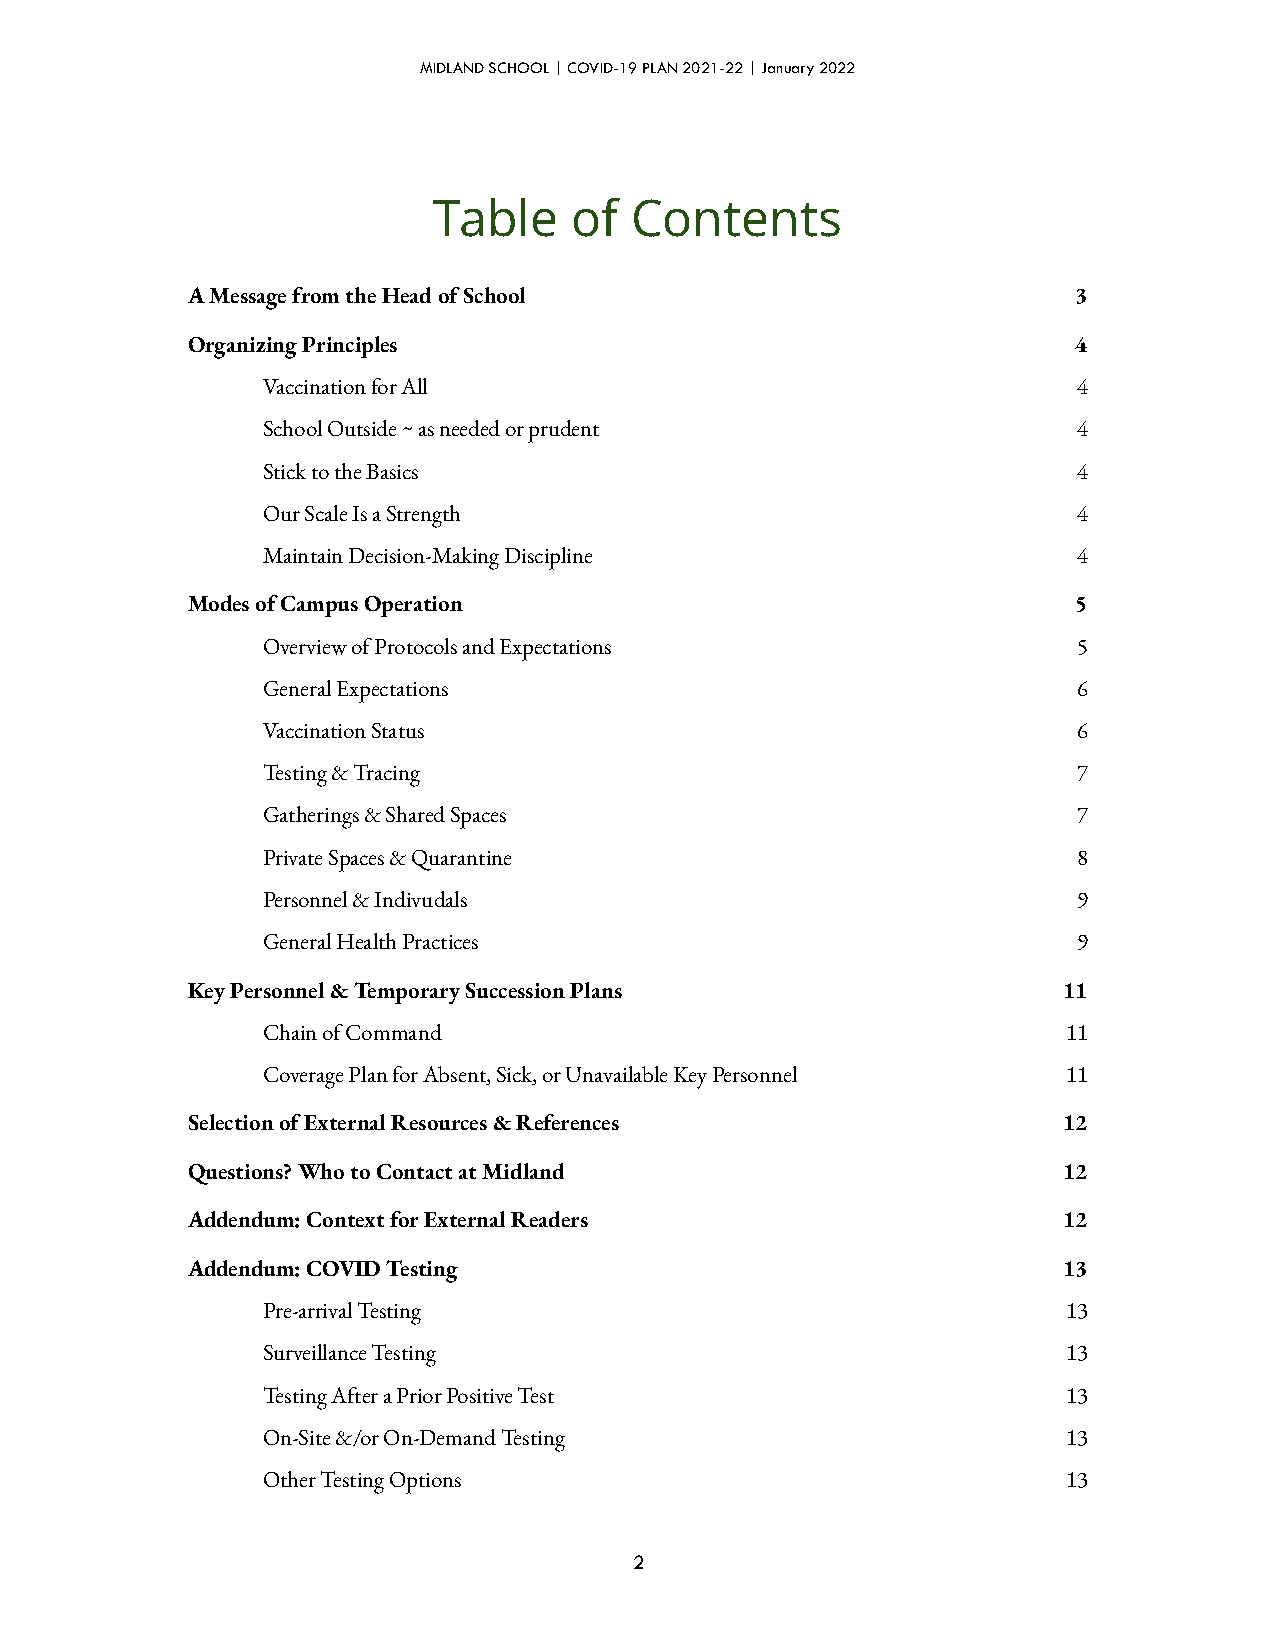
MIDLAND SCHOOL | COVID-19 PLAN 2021-22 | January 2022
 Table    of  Contents
 A Message from the Head of School                          3
 Organizing Principles                                      4
 Vaccination for All                                   4
 School Outside ~ as needed or prudent                 4
 Stick to the Basics                                   4
 Our Scale Is a Strength                               4
 Maintain Decision-Making Discipline                   4
 Modes of Campus Operation                                  5
 Overview of Protocols and Expectations                5
 General Expectations                                  6
 Vaccination Status                                    6
 Testing & Tracing                                     7
 Gatherings & Shared Spaces                            7
 Private Spaces & Quarantine                           8
 Personnel & Indivudals                                9
 General Health Practices                              9
 Key Personnel & Temporary Succession Plans                11
 Chain of Command                                      11
 Coverage Plan for Absent, Sick, or Unavailable Key Personnel 11
 Selection of External Resources & References              12
 Questions? Who to Contact at Midland                      12
 Addendum: Context for External Readers                    12
 Addendum: COVID Testing                                   13
 Pre-arrival Testing                                   13
 Surveillance Testing                                  13
 Testing After a Prior Positive Test                   13
 On-Site &/or On-Demand Testing                        13
 Other Testing Options                                 13
 2